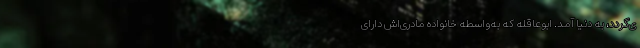
ی‌گردد، به دنیا آمد. ابوعاقله که به‌واسطه خانواده مادری‌اش دارای